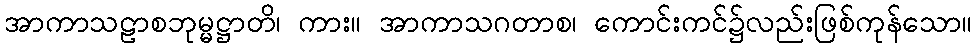
အာကာသဠာစဘုမ္မဋ္ဌာတိ၊ ကား။ အာကာသဂတာစ၊ ကောင်းကင်၌လည်းဖြစ်ကုန်သော။